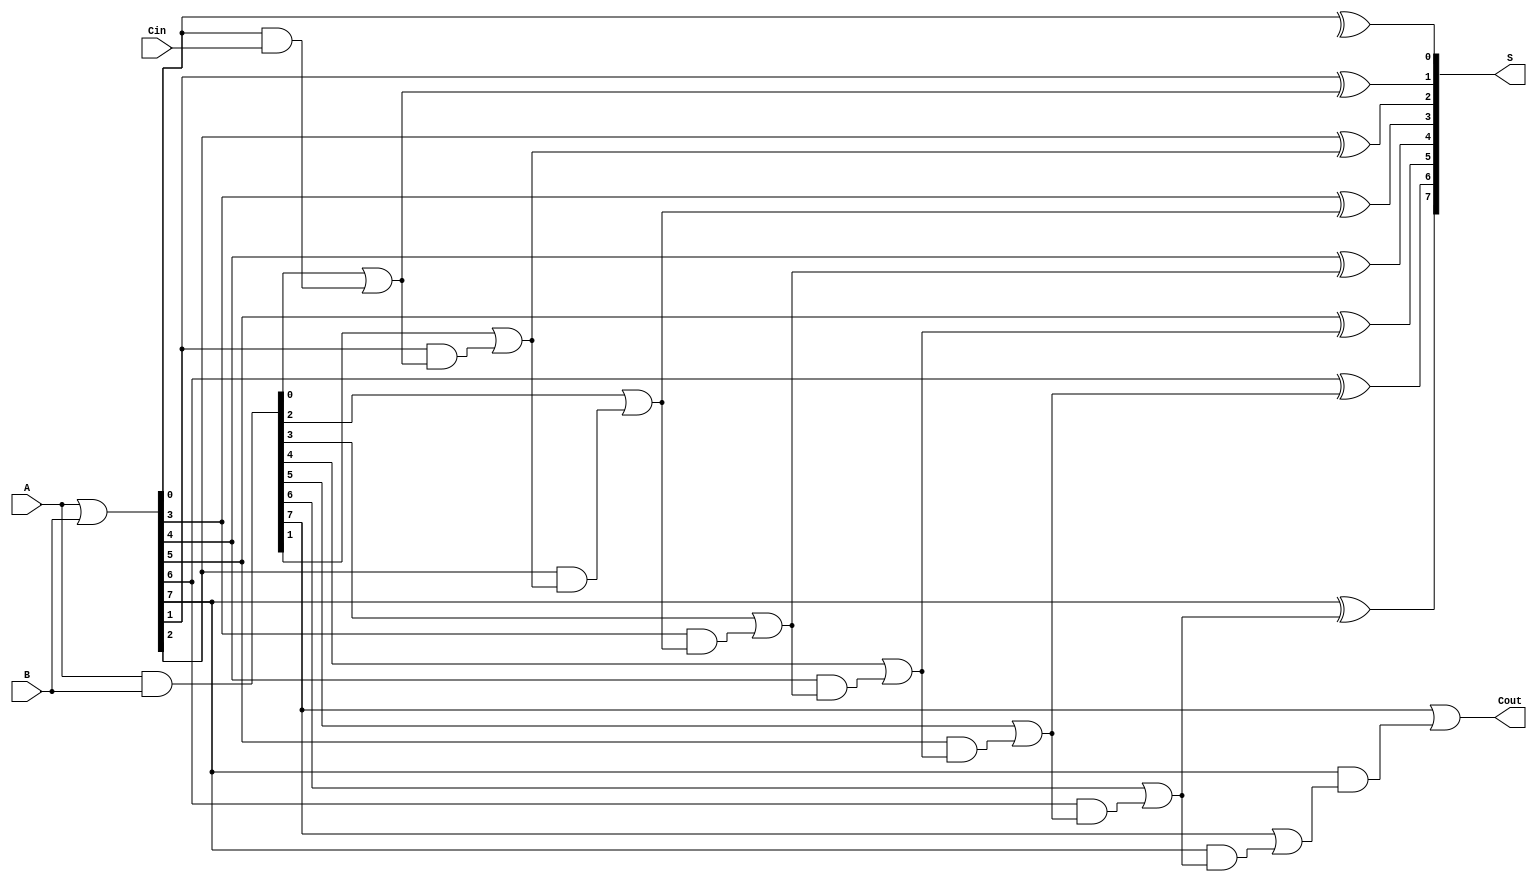
module brent_kung_adder #(
    parameter N = 8 // You can change N to any desired bit-width
)(
    input  [N-1:0] A, B, // n-bit inputs
    input          Cin,   // Carry-in
    output [N-1:0] S,    // n-bit sum output
    output         Cout    // Carry-out
);

    wire [N-1:0] G; // Generate signals
    wire [N-1:0] P; // Propagate signals
    wire [N-1:0] C; // Carry signals

    // Generate and Propagate signals
    assign G = A & B;            // G[i] = A[i] AND B[i]
    assign P = A | B;            // P[i] = A[i] OR B[i]

    // Stage 0: Initial carry
    assign C[0] = G[0] | (P[0] & Cin); // C[0] = G[0] OR (P[0] AND Cin)

    // Carry generation stages
    generate
        genvar i;
        for (i = 1; i < N; i = i + 1) begin: carry_stage
            assign C[i] = G[i] | (P[i] & C[i-1]); // C[i] = G[i] OR (P[i] AND C[i-1])
        end
    endgenerate

    // Sum calculation
    generate
        for (i = 0; i < N; i = i + 1) begin: sum_stage
            assign S[i] = P[i] ^ C[i-1]; // S[i] = P[i] XOR C[i-1]
        end
    endgenerate

    // Final carry-out
    assign Cout = G[N-1] | (P[N-1] & C[N-1]); // Cout = G[N-1] OR (P[N-1] AND C[N-1])

endmodule